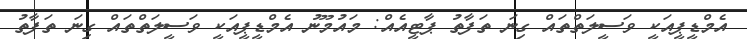
އެމްޑީޕީއަކީ ވަސީލަތްތައް ގިނަ ތަފާތު ޕާޓީއެއް: މައުމޫނު އެމްޑީޕީއަކީ ވަސީލަތްތައް ގިނަ ތަފާތު